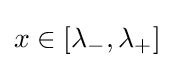
x\in [\lambda _{-},\lambda _{+}]